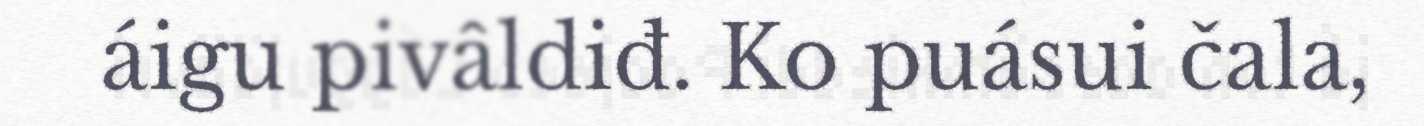
áigu pivâldiđ. Ko puásui čala,